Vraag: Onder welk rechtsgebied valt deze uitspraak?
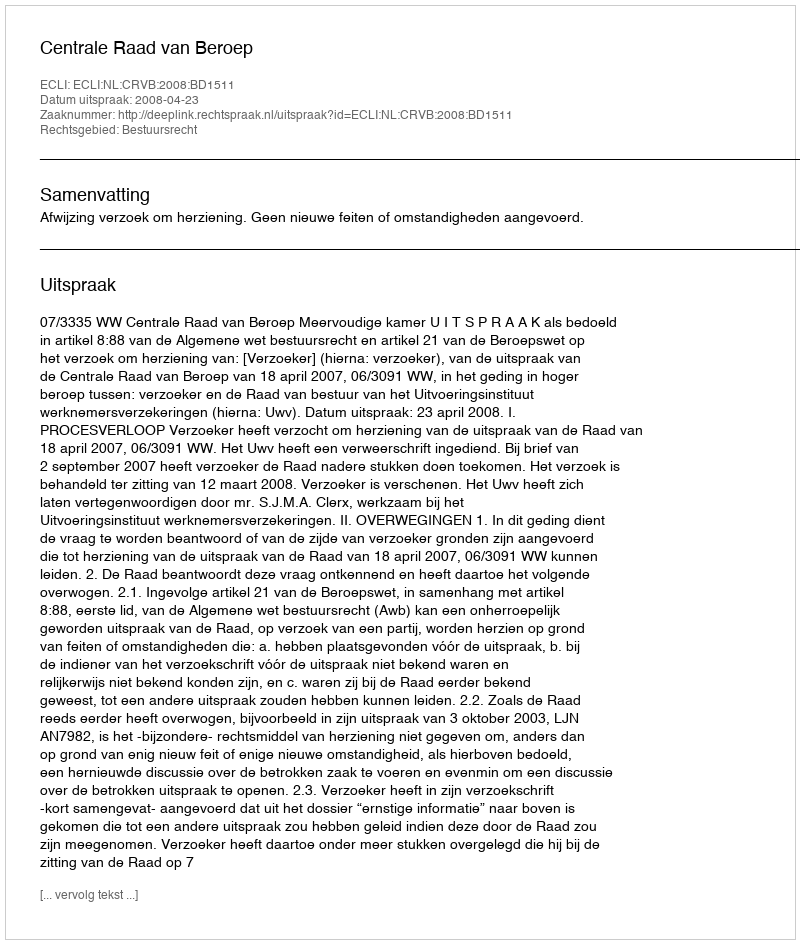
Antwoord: Bestuursrecht